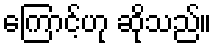
ကြောင့်ဟု ဆိုသည်။